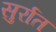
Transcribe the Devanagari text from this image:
सुर्रात